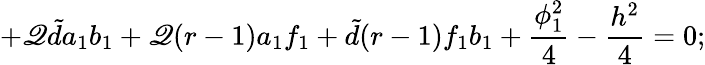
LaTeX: +\mathscr{Q}{\tilde{{d}}}a_{1}b_{1}+\mathscr{Q}(r-1)a_{1}f_{1}+{\tilde{{d}}}(r-1)f_{1}b_{1}+\frac{{\phi_{1}^{2}}}{{4}}-\frac{{h^{2}}}{{4}}=0;